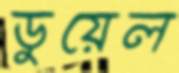
ডুয়েল